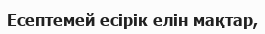
Есептемей есірік елін мақтар,